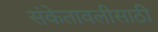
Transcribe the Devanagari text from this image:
संकेतावलीसाठी